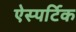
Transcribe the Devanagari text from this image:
ऐस्पर्टिक